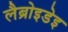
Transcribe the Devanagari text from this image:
लैब्रोइडेइ